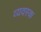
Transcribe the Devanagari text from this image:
व्यवस्क